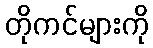
တိုကင်များကို